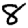
Digit: 8